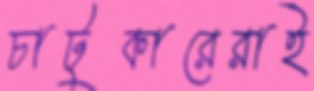
চাটুকারেরাই